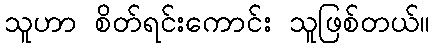
သူဟာ စိတ်ရင်းကောင်း သူဖြစ်တယ်။